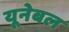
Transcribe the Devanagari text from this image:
यूनेबल